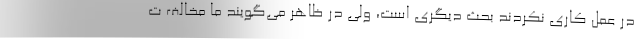
در عمل کاری نکردند بحث دیگری است، ولی در ظاهر می‌گویند ما مخالف ت